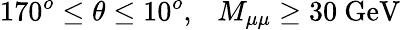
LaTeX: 170^{o}\leq\theta\leq 10^{o},~~~M_{\mu\mu}\geq 30~\mathrm{GeV}